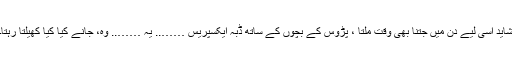
شاید اسی لیے دن میں جتنا بھی وقت ملتا ، پڑوس کے بچوں کے ساتھ ڈبّہ ایکسپریس …….. یہ …….. وہ، جانے کیا کیا کھیلتا رہتا۔